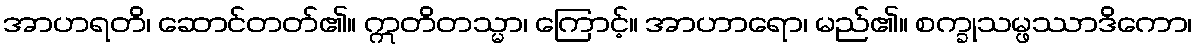
အာဟရတိ၊ ဆောင်တတ်၏။ ဣတိတသ္မာ၊ ကြောင့်။ အာဟာရော၊ မည်၏။ စက္ခုသမ္ဖဿာဒိကော၊